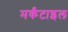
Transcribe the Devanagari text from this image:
मर्कंटाइल